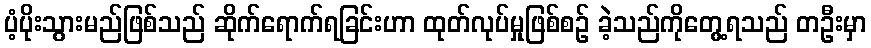
ပံ့ပိုးသွားမည်ဖြစ်သည် ဆိုက်ရောက်ရခြင်းဟာ ထုတ်လုပ်မှုဖြစ်စဉ် ခဲ့သည်ကိုတွေ့ရသည် တဦးမှာ